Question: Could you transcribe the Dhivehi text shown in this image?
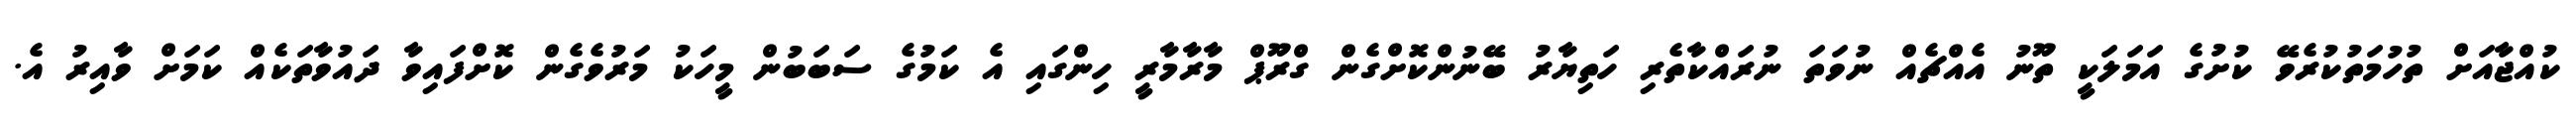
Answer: ކުއްޖާއަށް ތުހުމަތުކުރެވޭ ކުށުގެ އަމަލަކީ ތޫނު އެއްޗެއް ނުވަތަ ނުރައްކާތެރި ހަތިޔާރު ބޭނުންކޮށްގެން ގްރޫޕް މާރާމާރީ ހިންގައި އެ ކަމުގެ ސަބަބުން މީހަކު މަރުވެގެން ކޮށްފައިވާ ދައުވާތަކެއް ކަމަށް ވާއިރު އެ.